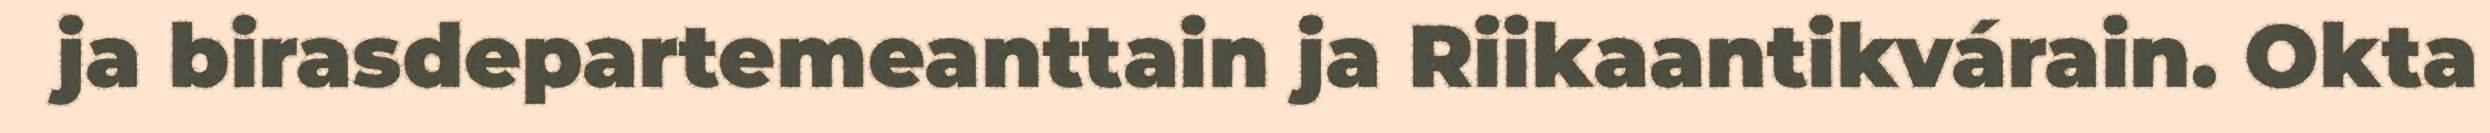
ja birasdepartemeanttain ja Riikaantikvárain. Okta